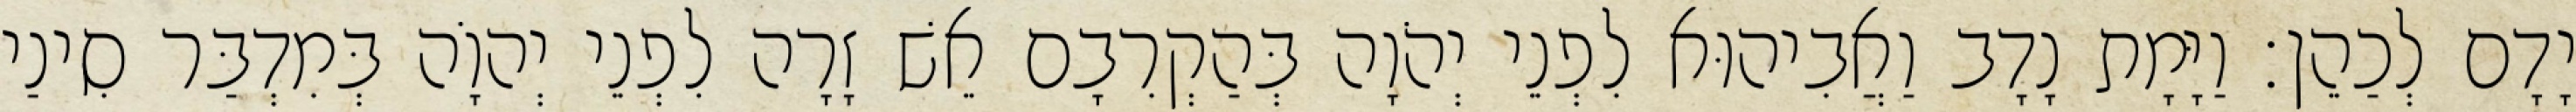
יָדָם לְכַהֵן׃ וַיָּמָת נָדָב וַאֲבִיהוּא לִפְנֵי יְהֹוָה בְּהַקְרִבָם אֵשׁ זָרָה לִפְנֵי יְהוָֹה בְּמִדְבַּר סִינַי